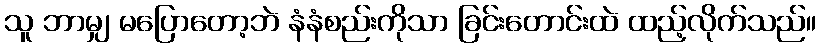
သူ ဘာမျှ မပြောတော့ဘဲ နံနံစည်းကိုသာ ခြင်းတောင်းထဲ ထည့်လိုက်သည်။